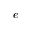
e